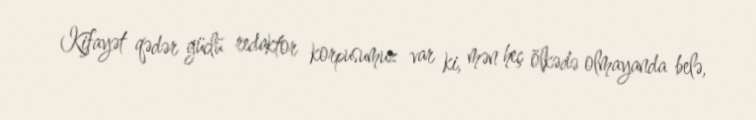
Kifayət qədər güclü redaktor korpusumuz var ki, mən heç ölkədə olmayanda belə,